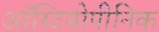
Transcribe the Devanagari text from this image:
ऑस्टियोपीनिक